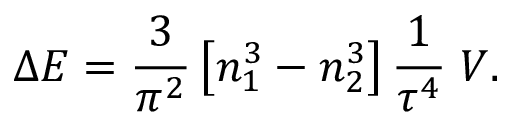
\Delta E = { \frac { 3 } { \pi ^ { 2 } } } \left[ n _ { 1 } ^ { 3 } - n _ { 2 } ^ { 3 } \right] { \frac { 1 } { \tau ^ { 4 } } } \; V .